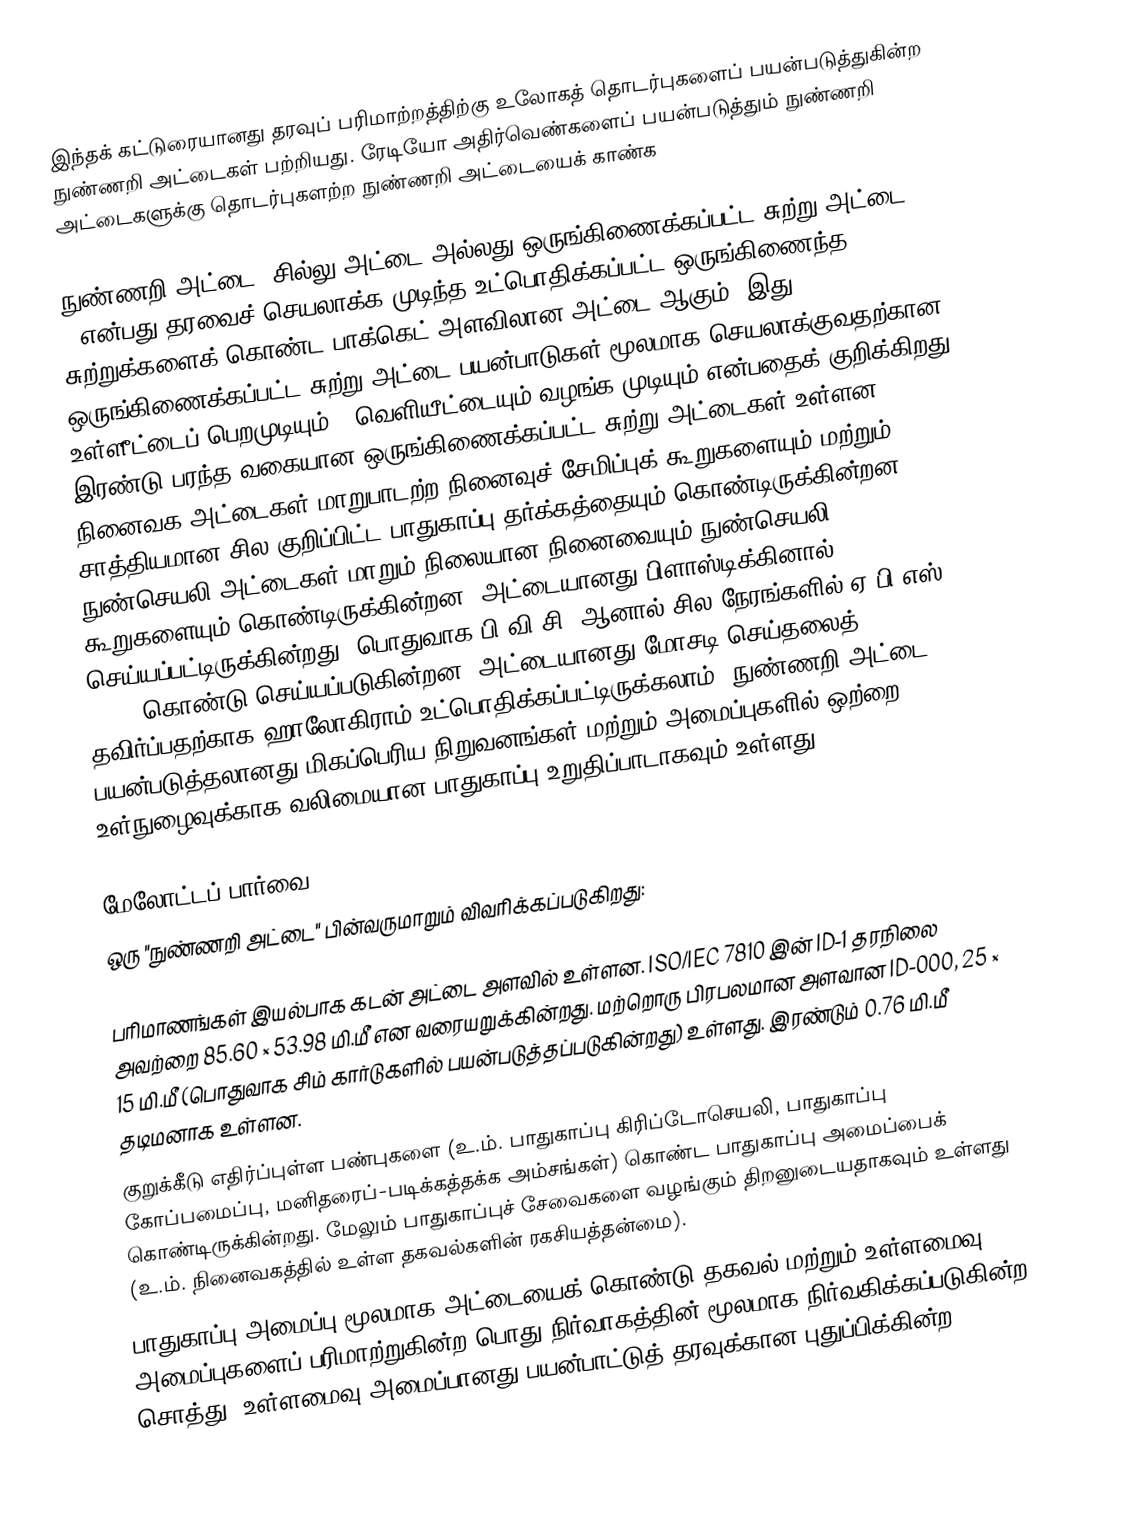
இந்தக் கட்டுரையானது தரவுப் பரிமாற்றத்திற்கு உலோகத் தொடர்புகளைப் பயன்படுத்துகின்ற நுண்ணறி அட்டைகள் பற்றியது.  ரேடியோ அதிர்வெண்களைப் பயன்படுத்தும் நுண்ணறி அட்டைகளுக்கு தொடர்புகளற்ற நுண்ணறி அட்டையைக் காண்க

நுண்ணறி அட்டை, சில்லு அட்டை அல்லது ஒருங்கிணைக்கப்பட்ட சுற்று அட்டை (ICC ) என்பது தரவைச் செயலாக்க முடிந்த உட்பொதிக்கப்பட்ட ஒருங்கிணைந்த சுற்றுக்களைக் கொண்ட பாக்கெட் அளவிலான அட்டை ஆகும். இது ஒருங்கிணைக்கப்பட்ட சுற்று அட்டை பயன்பாடுகள் மூலமாக செயலாக்குவதற்கான உள்ளீட்டைப் பெறமுடியும் — வெளியீட்டையும் வழங்க முடியும் என்பதைக் குறிக்கிறது. இரண்டு பரந்த வகையான ஒருங்கிணைக்கப்பட்ட சுற்று அட்டைகள் உள்ளன. நினைவக அட்டைகள் மாறுபாடற்ற நினைவுச் சேமிப்புக் கூறுகளையும் மற்றும் சாத்தியமான சில குறிப்பிட்ட பாதுகாப்பு தர்க்கத்தையும் கொண்டிருக்கின்றன. நுண்செயலி அட்டைகள் மாறும் நிலையான நினைவையும் நுண்செயலி கூறுகளையும் கொண்டிருக்கின்றன. அட்டையானது பிளாஸ்டிக்கினால் செய்யப்பட்டிருக்கின்றது. பொதுவாக பி.வி.சி, ஆனால் சில நேரங்களில் ஏ.பி.எஸ் (ABS) கொண்டு செய்யப்படுகின்றன. அட்டையானது மோசடி செய்தலைத் தவிர்ப்பதற்காக ஹாலோகிராம் உட்பொதிக்கப்பட்டிருக்கலாம். நுண்ணறி அட்டை பயன்படுத்தலானது மிகப்பெரிய நிறுவனங்கள் மற்றும் அமைப்புகளில் ஒற்றை உள்நுழைவுக்காக வலிமையான பாதுகாப்பு உறுதிப்பாடாகவும் உள்ளது.

மேலோட்டப் பார்வை
ஒரு "நுண்ணறி அட்டை" பின்வருமாறும் விவரிக்கப்படுகிறது:

 பரிமாணங்கள் இயல்பாக கடன் அட்டை அளவில் உள்ளன. ISO/IEC 7810 இன் ID-1 தரநிலை அவற்றை 85.60 × 53.98 மி.மீ என வரையறுக்கின்றது. மற்றொரு பிரபலமான அளவான ID-000, 25 × 15 மி.மீ (பொதுவாக சிம் கார்டுகளில் பயன்படுத்தப்படுகின்றது) உள்ளது. இரண்டும் 0.76 மி.மீ தடிமனாக உள்ளன.
 குறுக்கீடு எதிர்ப்புள்ள பண்புகளை (உ.ம். பாதுகாப்பு கிரிப்டோசெயலி, பாதுகாப்பு கோப்பமைப்பு, மனிதரைப்-படிக்கத்தக்க அம்சங்கள்) கொண்ட பாதுகாப்பு அமைப்பைக் கொண்டிருக்கின்றது. மேலும் பாதுகாப்புச் சேவைகளை வழங்கும் திறனுடையதாகவும் உள்ளது (உ.ம். நினைவகத்தில் உள்ள தகவல்களின் ரகசியத்தன்மை).
 பாதுகாப்பு அமைப்பு மூலமாக அட்டையைக் கொண்டு தகவல் மற்றும் உள்ளமைவு அமைப்புகளைப் பரிமாற்றுகின்ற பொது நிர்வாகத்தின் மூலமாக நிர்வகிக்கப்படுகின்ற சொத்து. உள்ளமைவு அமைப்பானது பயன்பாட்டுத் தரவுக்கான புதுப்பிக்கின்ற